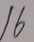
1 6